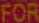
FOR